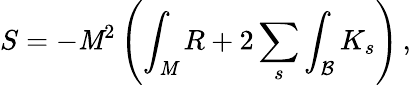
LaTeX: S=-\mathit{M}^{2}\left(\int_{\mathcal{\mathit{M}}}R+2\sum_{s}\int_{\mathcal{B}}K_{s}\right)\, ,